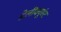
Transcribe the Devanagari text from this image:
डेलीक्यूएंट